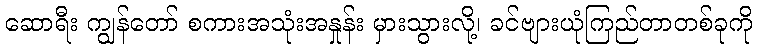
ဆောရီး ကျွန်တော် စကားအသုံးအနှုန်း မှားသွားလို့၊ ခင်ဗျားယုံကြည်တာတစ်ခုကို